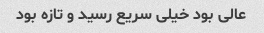
عالی بود خیلی سریع رسید و تازه بود